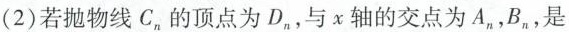
(2)若抛物线C，的顶点为D，，与x轴的交点为A，，B，是